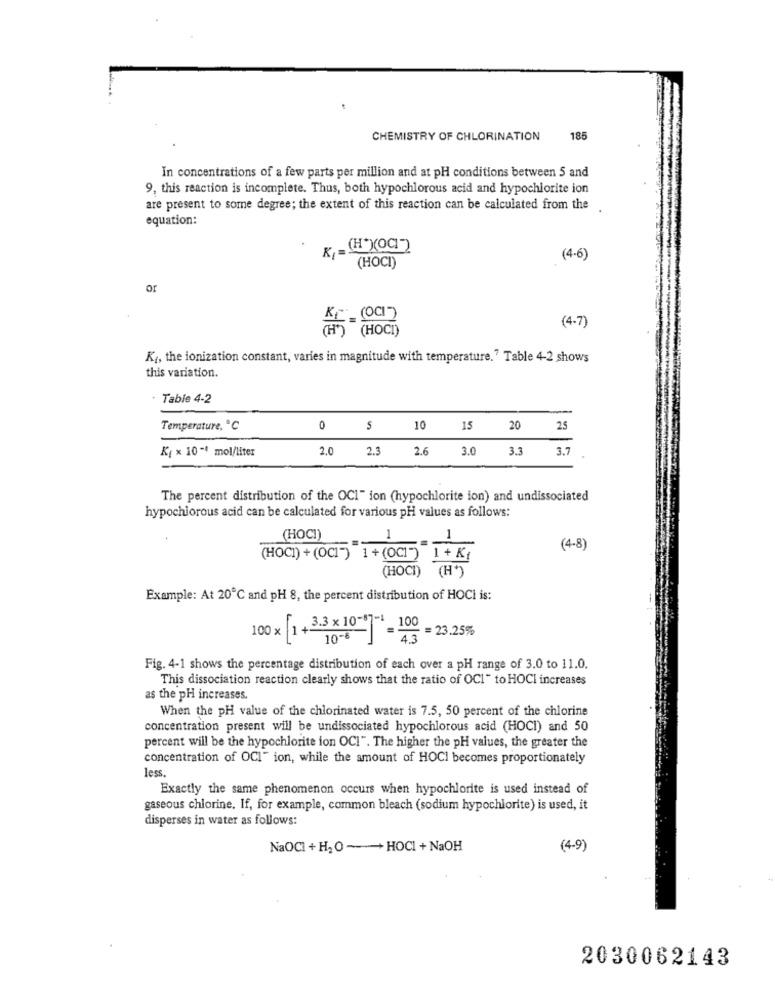
CHEMISTRY OF CHLORINATION
185
In concentrations of a few parts per million and at pH conditions between 5 and
9, this reaction is incomplete. Thus, both hypochlorous acid and hypochlorite ion
are present to some degree; the extent of this reaction can be calculated from the
equation:
K=
(4-6)
(HOCI)
or
Kr. (0)
(4-7)
Ki, the ionization constant, varies in magnitude with temperature." Table 4-2 shows
this variation.
. Table 4-2
Temperature, "C
0
S
10
15
20
25
2.0
2.3
2.6
3.0
3.3
3.7
K[ x 10-4 mol/liter
The percent distribution of the OCl" ion (hypochlorite ion) and undissociated
hypochlorous acid can be calculated for various pH values as follows:
(HOCI)
1
1
(4-8)
(HOCI) + (OCI-) 1+(OC]-) 1+K{
(HOCI) (H+)
Example: At 20℃ and pH 8, the percent distribution of HOCI is:
100 x 1 + 3.3 x 10-07-1_ 100
= 23.25%
10-6
= 4.3
Fig. 4-1 shows the percentage distribution of each over a pH range of 3.0 to 11.0.
This dissociation reaction clearly shows that the ratio of OCI" to HOCI increases
as the pH increases.
When the pH value of the chlorinated water is 7.5, 50 percent of the chlorine
concentration present will be undissociated hypochlorous acid (HOCI) and 50
percent will be the hypochlorite ion OCI". The higher the pH values, the greater the
concentration of OCI" ion, while the amount of HOCI becomes proportionately
less.
Exactly the same phenomenon occurs when hypochlorite is used instead of
gaseous chlorine. If, for example, common bleach (sodium hypochlorite) is used, it
disperses in water as follows:
NaOCI + H2 O-+HOCI +NaOH
(4-9)
2030062143